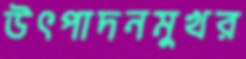
উৎপাদনমুখর